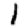
Digit: 1